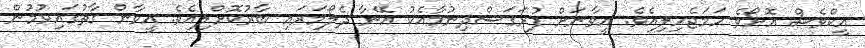
އީކްވެސް އޮށޯވެ ހަމަޖެހިލިއެވެ. އީވާނަށް ފުރަގަސްދިނުމާއެކު އޭނާ ދެލޯމަރައި ބާރުކޮށްލިއެވެ. އީވާން ގާތުގައިވުމުން